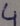
Text: 4